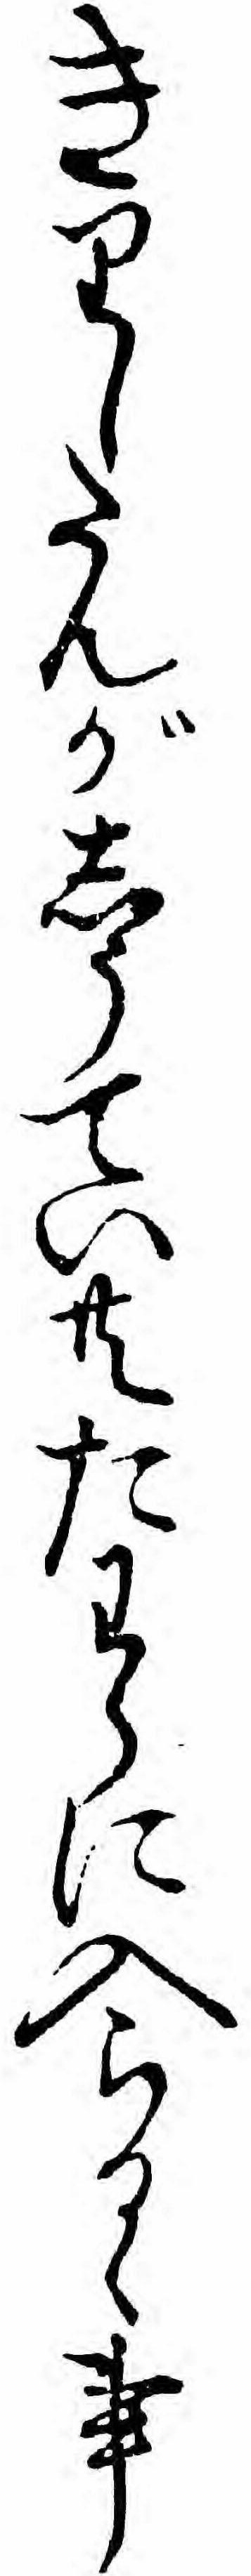
きりしたんがしうてい共たわらに入らるゝ事